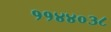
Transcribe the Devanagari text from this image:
११४४०३८